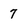
Character: 7